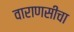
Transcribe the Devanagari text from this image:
वाराणसीचा